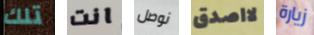
تلك انت نوصل لااصدق زيارة